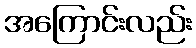
အကြောင်းလည်း